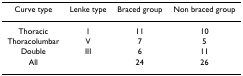
| Curve type | Lenke type | Braced group | Non braced group |
 | --- | --- | --- | --- |
 | Thoracic | I | 11 | 10 |
 | Thoracolumbar | V | 7 | 5 |
 | Double | III | 6 | 11 |
 | All |  | 24 | 26 |